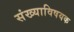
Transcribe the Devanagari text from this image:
संख्याविषयक